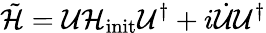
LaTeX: \tilde{\mathcal{H}}={\mathcal{U}}{\mathcal{H}}_{\textrm{init}}{\mathcal{U}}^{\dagger}+i\dot{{\mathcal{U}}}{\mathcal{U}}^{\dagger}